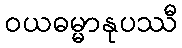
ဝယဓမ္မာနုပဿီ